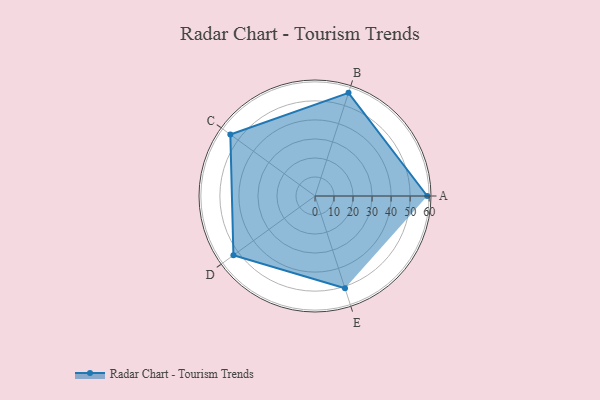
{"axis": {"x": "Skill", "y": "Score"}, "legend": ["Profile"], "data": [{"x": "A", "y": 59.0, "type": "Profile"}, {"x": "B", "y": 57.0, "type": "Profile"}, {"x": "C", "y": 55.0, "type": "Profile"}, {"x": "D", "y": 53.0, "type": "Profile"}, {"x": "E", "y": 51.0, "type": "Profile"}]}